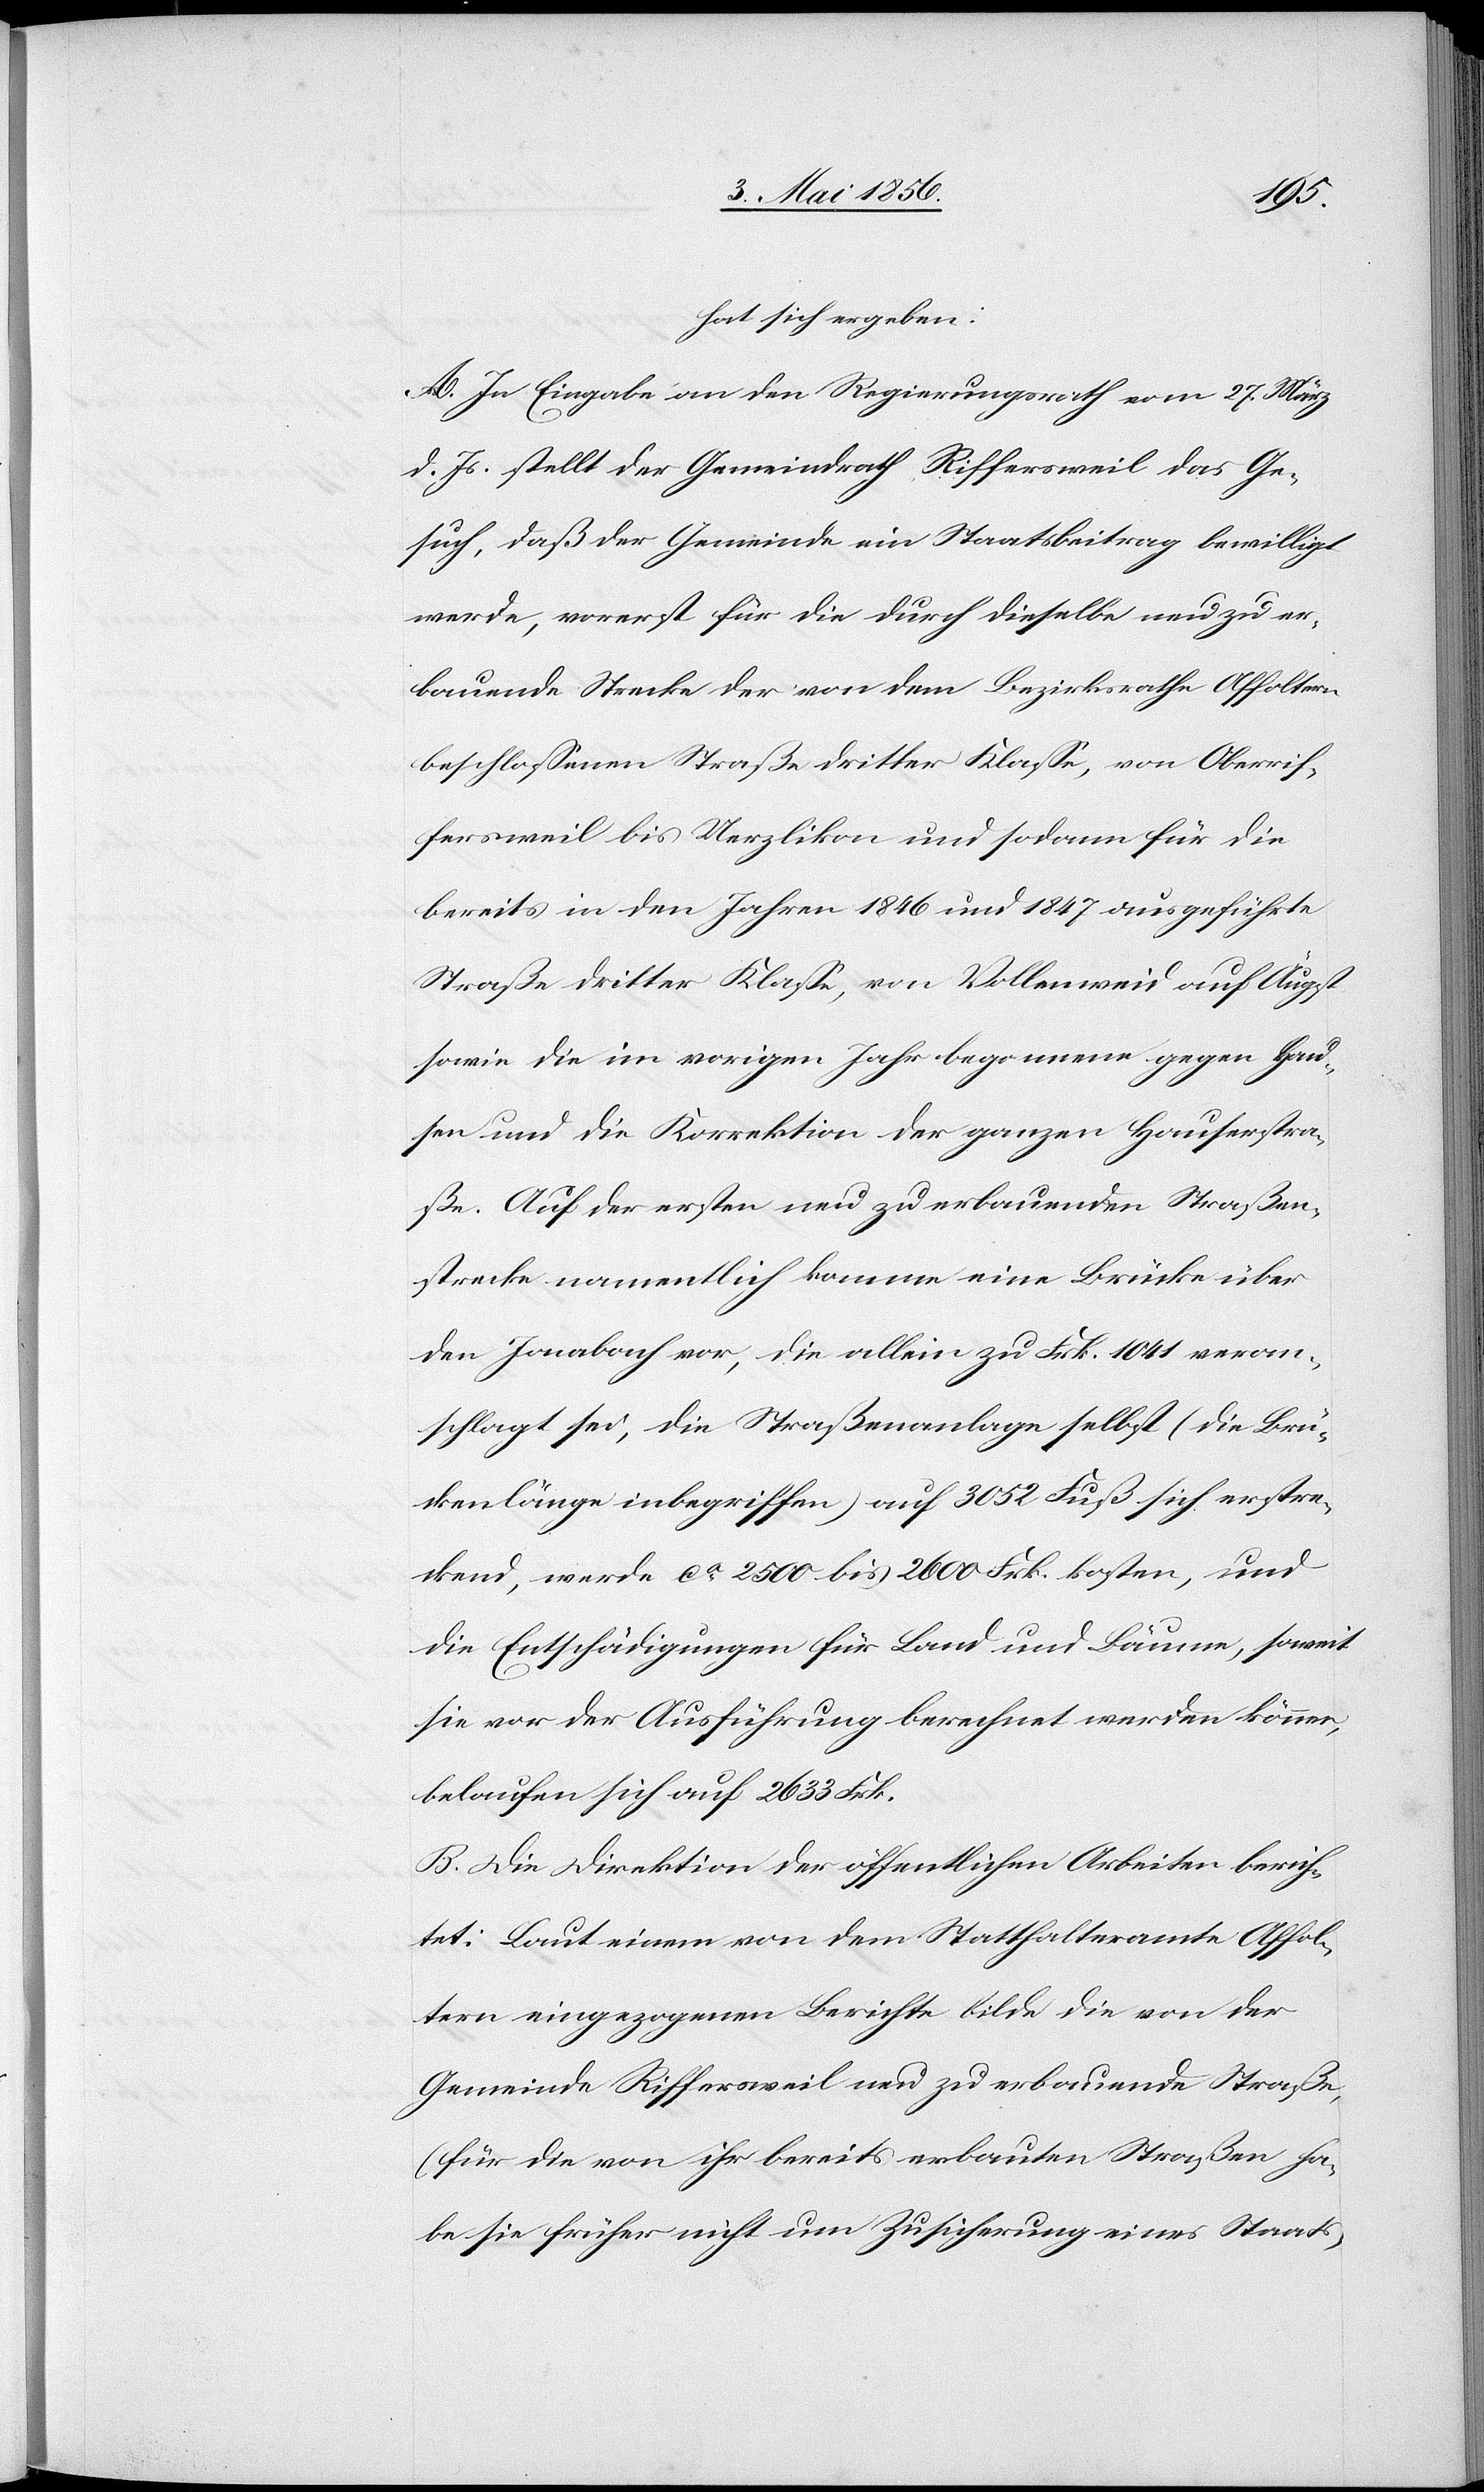
hat sich ergeben:
A. In Eingabe an den Regierungsrath vom 27. März
d. Js. stellt der Gemeindrath Riffersweil das Ge¬
such, daß der Gemeinde ein Staatsbeitrag bewilligt
werde, vorerst für die durch dieselbe neu zu er¬
bauende Strecke der von dem Bezirksrathe Affoltern
beschlossenen Straße dritter Klasse, von Oberrif¬
fersweil bis Uerzlikon und sodann für die
bereits in den Jahren 1846 und 1847 ausgeführte
Straße dritter Klasse, von Vollenweid auf Äugst
sowie die im vorigen Jahr begonnene gegen Hau¬
sen und die Korrektion der ganzen Hauserstra¬
ße. Auf der ersten neu zu erbauenden Straßen¬
strecke namentlich komme eine Brücke über
den Jonabach vor, die allein zu Frk. 1041 veran¬
schlagt sei, die Straßenanlagen selbst (die Brüc¬
kenlänge inbegriffen) auf 3052 Fuß sich erstre¬
ckend, werde ca 2500 bis 2600 Frk. kosten, und
die Entschädigungen für Land und Bäume, soweit
sie vor der Ausführung berechnet werden können,
belaufen sich auf 2633 Frk.
B. Die Direktion der öffentlichen Arbeiten berich¬
tet: Laut einem von dem Statthalteramte Affol¬
tern eingezogenen Berichte bilde die von der
Gemeinde Riffersweil neu zu erbauende Straße,
(für die von ihr bereits erbauten Straßen ha¬
be sie früher nicht um Zusicherung eines Staats-